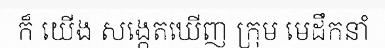
ក៏ យើង សង្កេតឃើញ ក្រុម មេដឹកនាំ